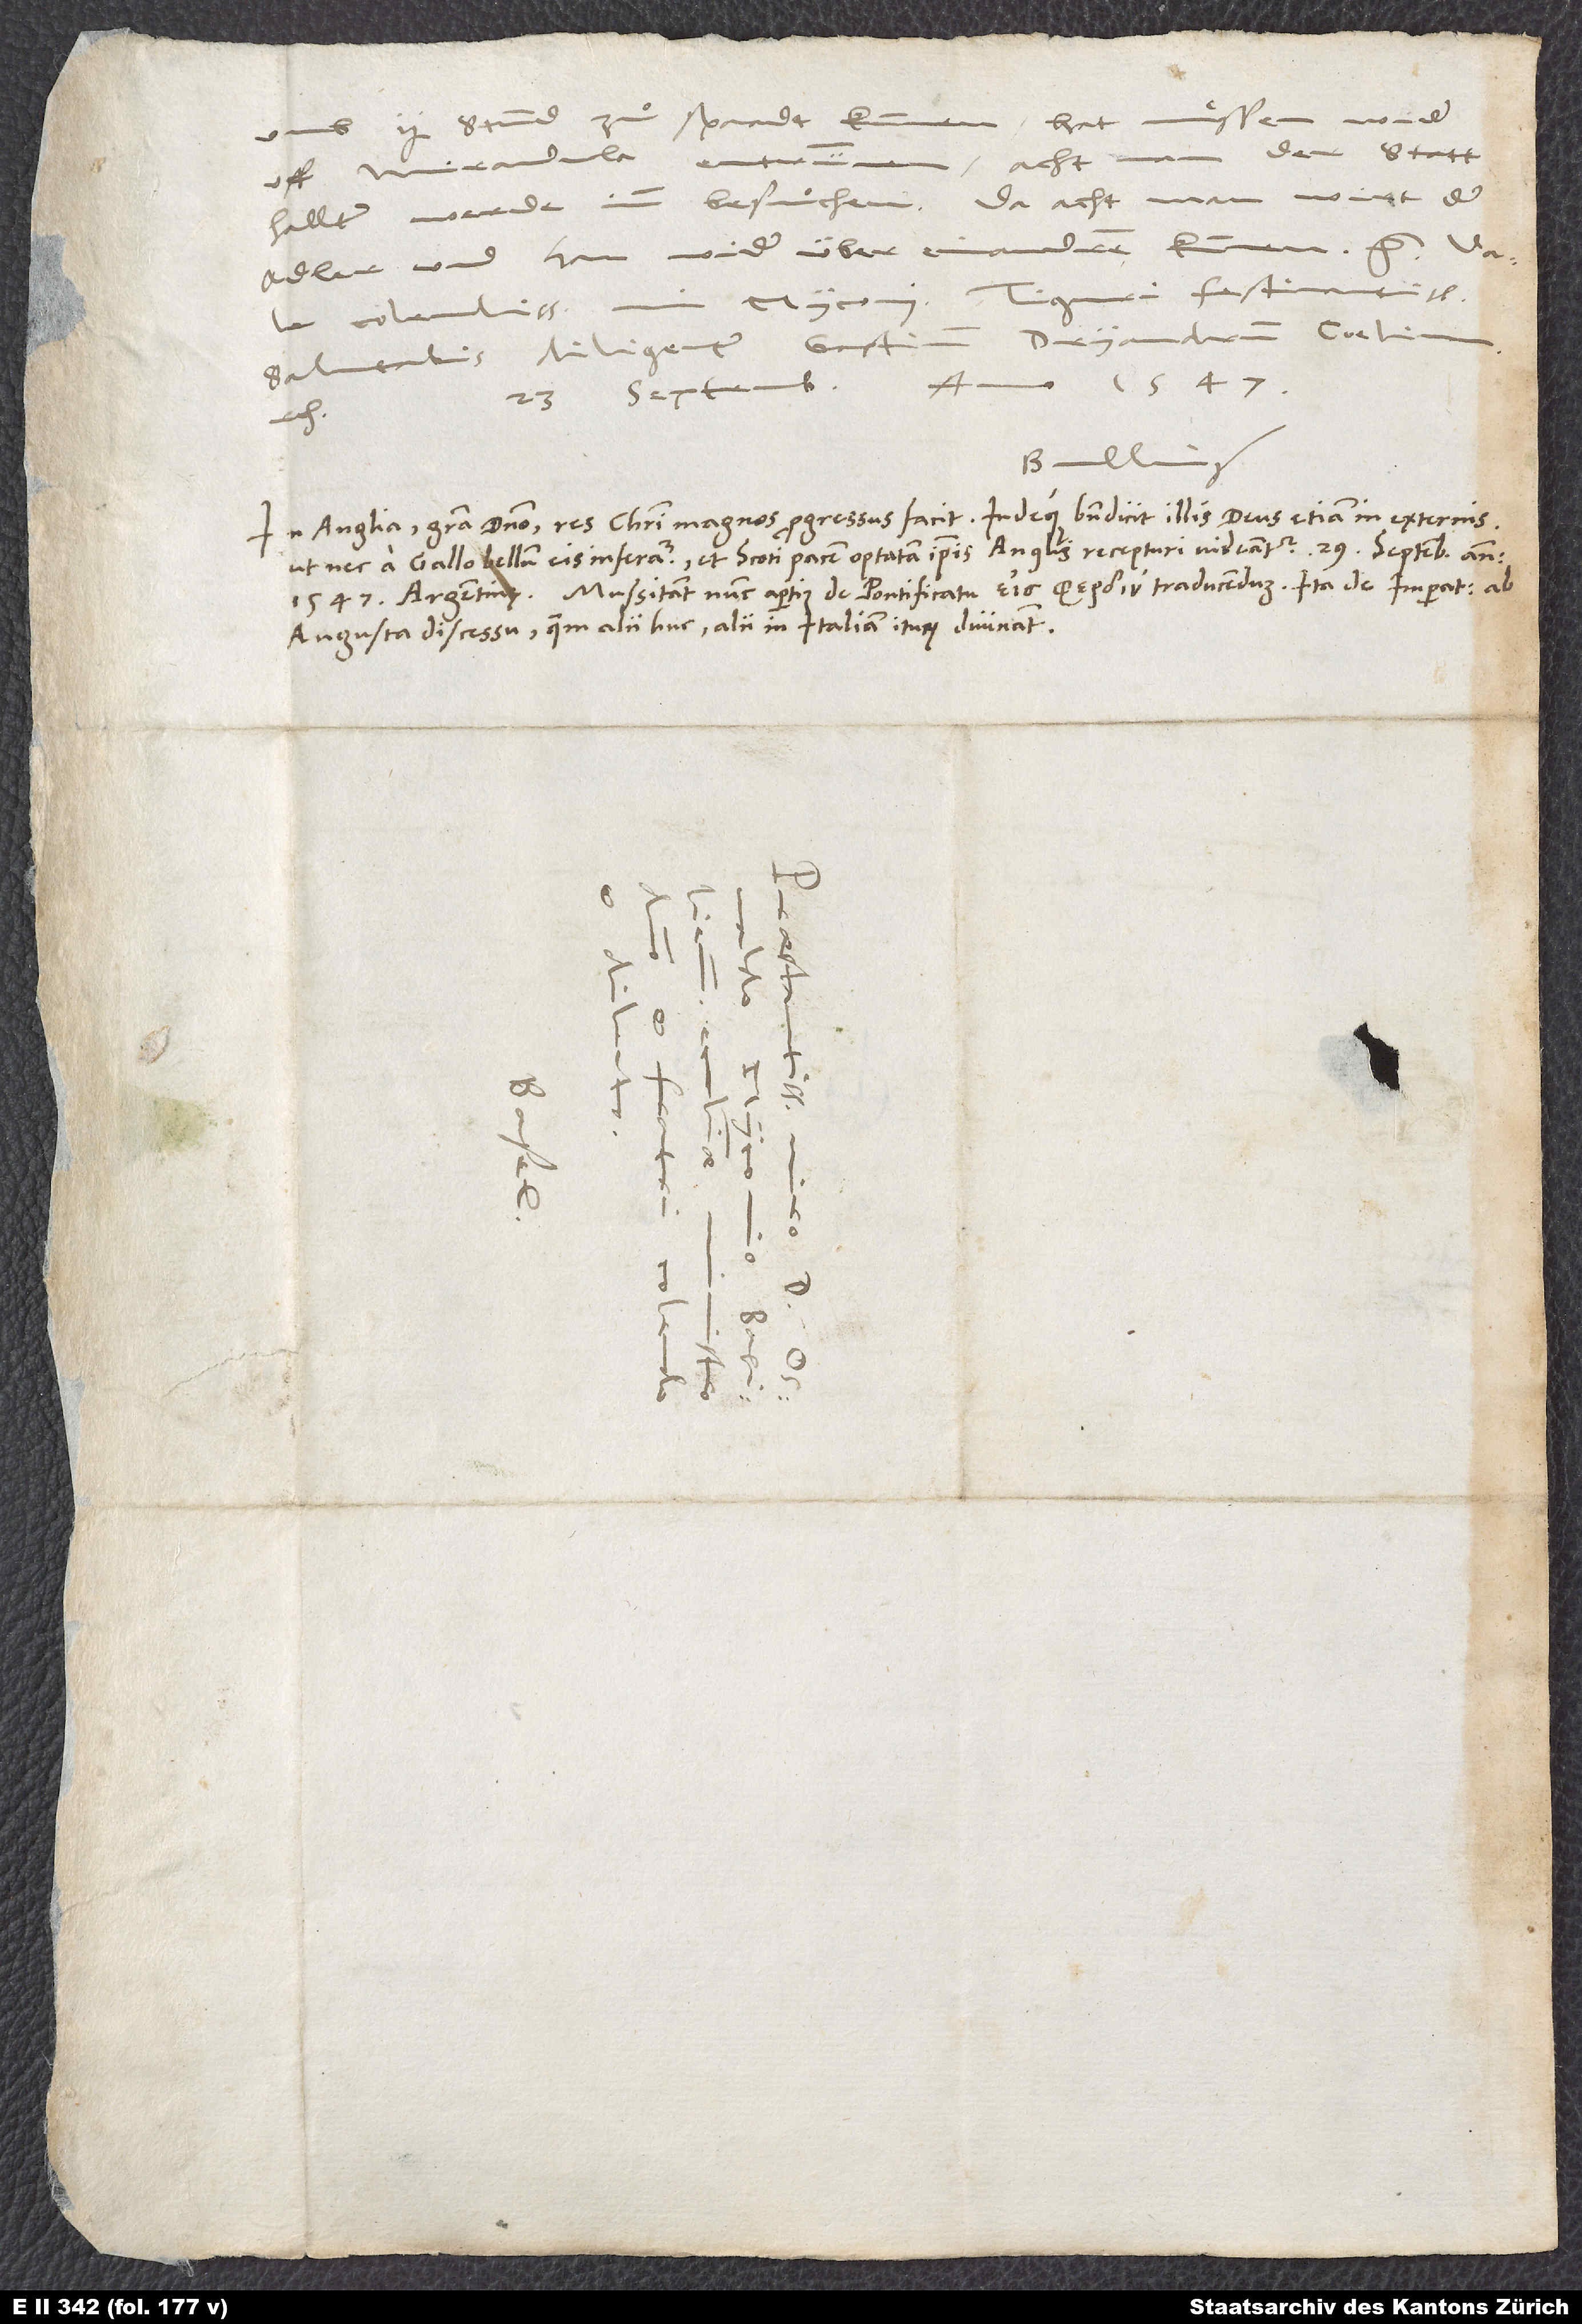
umb 2 stund zuͦ spaadt kummen. Hat muͤssen wider
uff Mirandula entrünnen.“ Acht man, der statthalter
werde inn besuͦchen. Da acht man, wird der
adler und han wider über einandren kummen, etc.
colendissime mi Myconi. Tiguri festinantissime.
Salutabis diligenter Gastium, Dryandrum, Coelium,
Bullinger.
S.